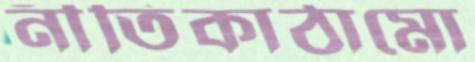
নীতিকাঠামো